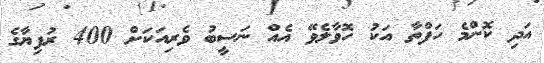
އަދި ކޮންމެ ހަފްތާ އަކު ހޮވާލެވޭ އެއް ނަސީބު ވެރިއަކަށް 400 ރުފިޔާގެ